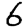
Digit: 6